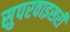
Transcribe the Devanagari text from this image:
सुपरवाइसरी